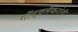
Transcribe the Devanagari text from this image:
गोंदवलेकरांनी